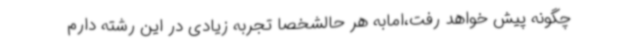
چگونه پیش خواهد رفت،امابه هر حالشخصا تجربه زیادی در این رشته دارم